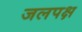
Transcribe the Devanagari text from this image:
जलपक्ष